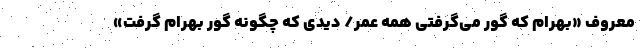
معروف «بهرام که گور می‌گرفتی همه عمر/ دیدی که چگونه گور بهرام گرفت»